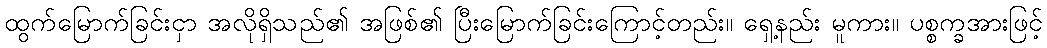
ထွက်မြောက်ခြင်းငှာ အလိုရှိသည်၏ အဖြစ်၏ ပြီးမြောက်ခြင်းကြောင့်တည်း။ ရှေ့နည်း မူကား။ ပစ္စက္ခအားဖြင့်